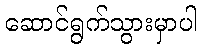
ဆောင်ရွက်သွားမှာပါ